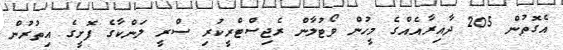
އެގޮތުން 205 ދާއިރާއެއްގެ މީހުން ވޯޓުލާން ރެޖިސްޓްރީކުރި ސްރީ ލަންކާގެ ފޮށީގެ އިތުރުން